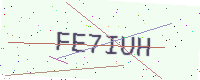
Text: FE7IUH